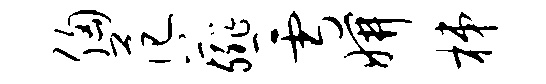
胸范薤雪妍梯